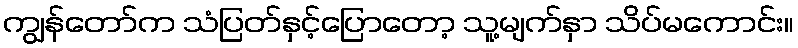
ကျွန်တော်က သံပြတ်နှင့်ပြောတော့ သူ့မျက်နှာ သိပ်မကောင်း။